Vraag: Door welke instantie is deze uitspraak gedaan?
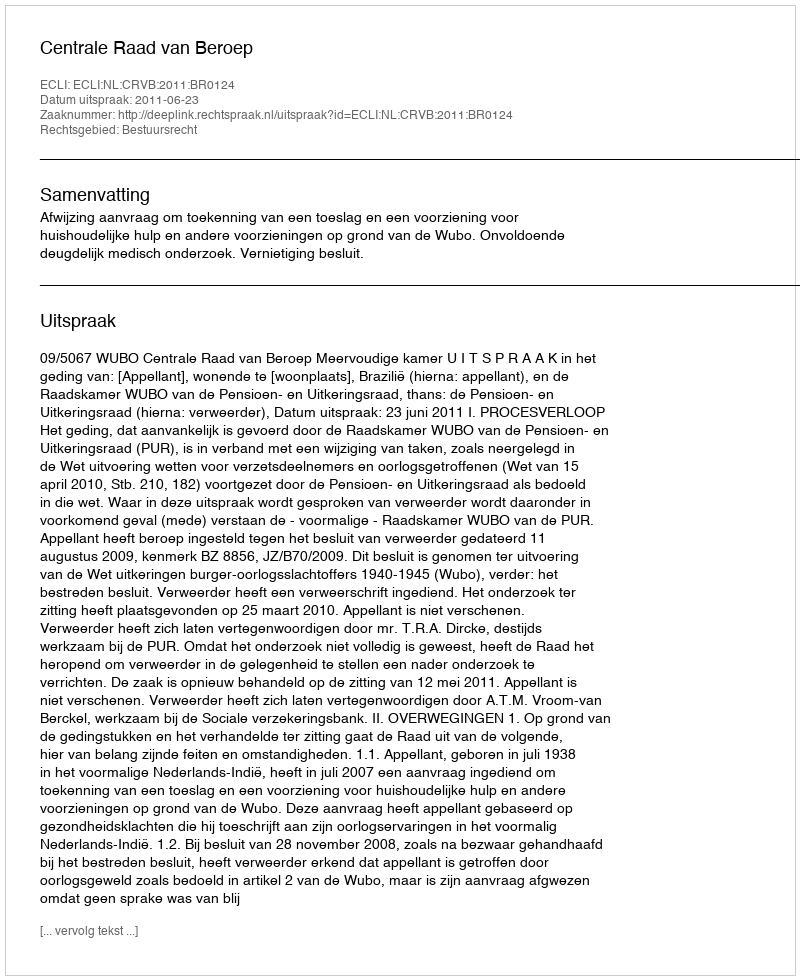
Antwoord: Centrale Raad van Beroep